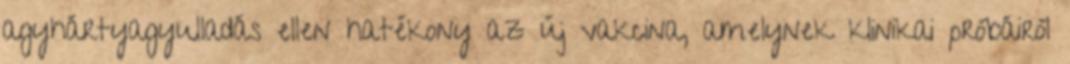
agyhártyagyulladás ellen hatékony az új vakcina, amelynek klinikai próbáiról